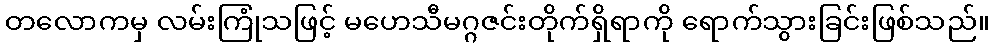
တလောကမှ လမ်းကြုံသဖြင့် မဟေသီမဂ္ဂဇင်းတိုက်ရှိရာကို ရောက်သွားခြင်းဖြစ်သည်။